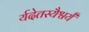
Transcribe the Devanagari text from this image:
र्यदेतस्यैश्वर्यं